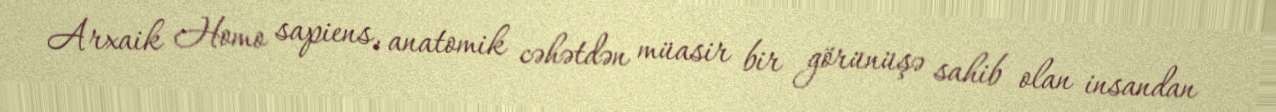
Arxaik Homo sapiens, anatomik cəhətdən müasir bir görünüşə sahib olan insandan